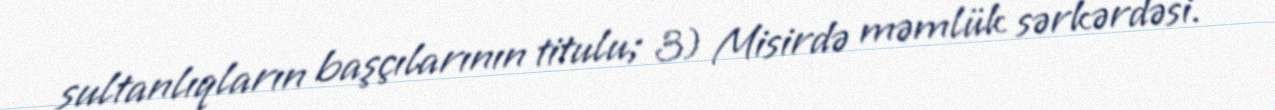
sultanlıqların başçılarının titulu; 3) Misirdə məmlük sərkərdəsi.